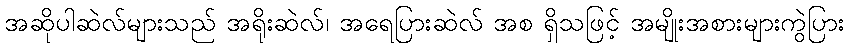
အဆိုပါဆဲလ်များသည် အရိုးဆဲလ်၊ အရေပြားဆဲလ် အစ ရှိသဖြင့် အမျိုးအစားများကွဲပြား